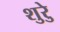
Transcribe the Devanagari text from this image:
शुरेु